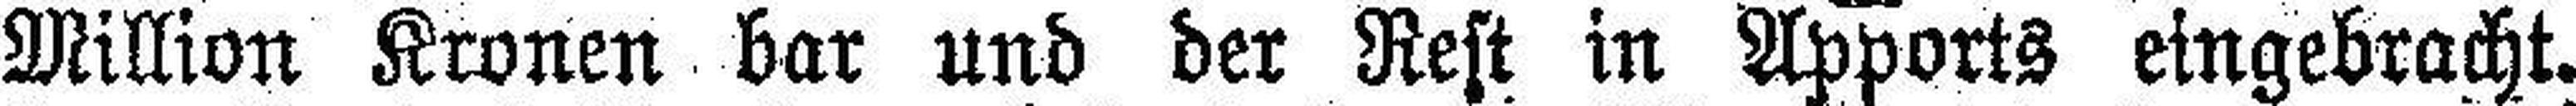
Million Kronen bar und der Rest in Apports eingebracht.